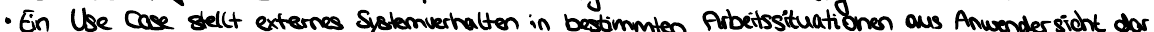
 Ein Use Case stellt externes Systemverhalten in bestimmten Arbeitssituationen aus Anwendersicht dar